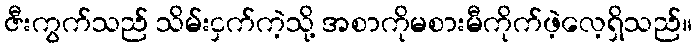
ဇီးကွက်သည် သိမ်းငှက်ကဲ့သို့ အစာကိုမစားမီကိုက်ဖဲ့လေ့ရှိသည်။